Studies on the mouth parts a Comparative anatomy of the proboscis in the blood-sucking muscidae - Number 60
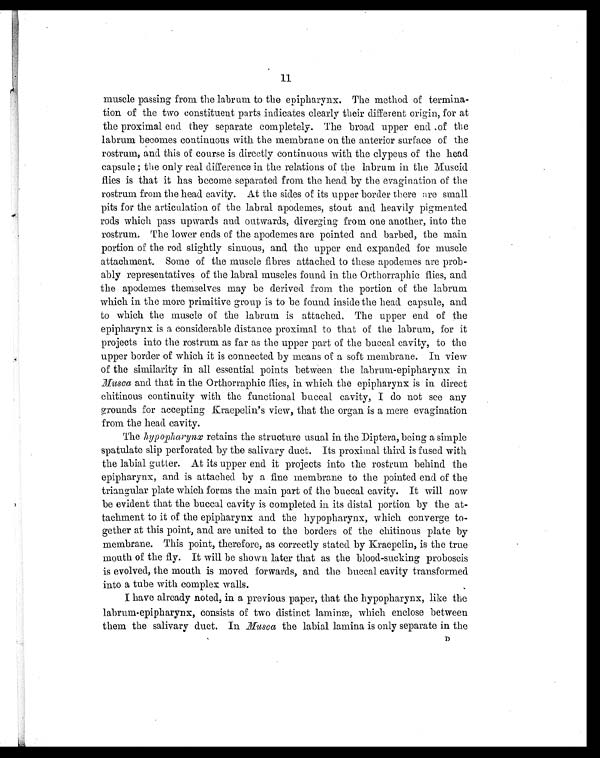
11
muscle passing from the labrum to the epipharynx. The method of termina-
tion of the two constituent parts indicates clearly their different origin, for at
the proximal end they separate completely. The broad upper end of the
labrum becomes continuous with the membrane on the anterior surface of the
rostrum, and this of course is directly continuous with the clypeus of the head
capsule; the only real difference in the relations of the labrum in the Muscid
flies is that it has become separated from the head by the evagination of the
rostrum from the head cavity. At the sides of its upper border there are small
pits for the articulation of the labral apodemes, stout and heavily pigmented
rods which pass upwards and outwards, diverging from one another, into the
rostrum. The lower ends of the apodemes are pointed and barbed, the main
portion of the rod slightly sinuous, and the upper end expanded for muscle
attachment. Some of the muscle fibres attached to these apodemes are prob-
ably representatives of the labral muscles found in the Orthorraphic flies, and
the apodemes themselves may be derived from the portion of the labrum
which in the more primitive group is to be found inside the head capsule, and
to which the muscle of the labrum is attached. The upper end of the
epipharynx is a considerable distance proximal to that of the labrum, for it
projects into the rostrum as far as the upper part of the buccal cavity, to the
upper border of which it is connected by means of a soft membrane. In view
of the similarity in all essential points between the labrum-epipharynx in
Musca and that in the Orthorraphic flies, in which the epipharynx is in direct
chitinous continuity with the functional buccal cavity, I do not see any
grounds for accepting Kraepelin's view, that the organ is a mere evagination
from the head cavity.
The hypopharynx retains the structure usual in the Diptera, being a simple
spatulate slip perforated by the salivary duct. Its proximal third is fused with
the labial gutter. At its upper end it projects into the rostrum behind the
epipharynx, and is attached by a fine membrane to the pointed end of the
triangular plate which forms the main part of the buccal cavity. It will now
be evident that the buccal cavity is completed in its distal portion by the at-
tachment to it of the epipharynx and the hypopharynx, which converge to-
gether at this point, and are united to the borders of the chitinous plate by
membrane. This point, therefore, as correctly stated by Kraepelin, is the true
mouth of the fly. It will be shown later that as the blood-sucking proboscis
is evolved, the mouth is moved forwards, and the buccal cavity transformed
into a tube with complex walls.
I have already noted, in a previous paper, that the hypopharynx, like the
labrum-epipharynx, consists of two distinct laminæ, which enclose between
them the salivary duct. In Musca the labial lamina is only separate in theD